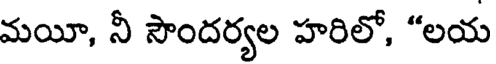
మయీ, నీ సౌందర్యల హరిలో, "లయ